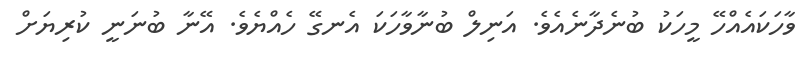
ވާހަކައެއްހޭ މީހަކު ބުނެދާނެއެވެ. އަނިލް ބުނާވާހަކަ އެނގޭ ހެއްޔެވެ. އޭނާ ބުނަނީ ކުރިޔަށް